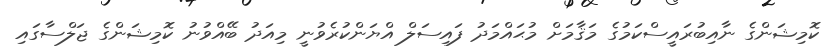
ކޮމިޝަންގެ ނާއިބުރައީސްކަމުގެ މަޤާމަށް މުޙައްމަދު ފައިސަލް އްޔަންކުރެވުނީ މިއަދު ބޭއްވުނު ކޮމިޝަންގެ ޖަލްސާގައި